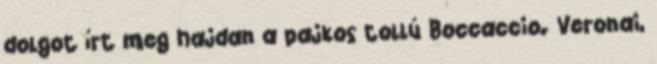
dolgot írt meg hajdan a pajkos tollú Boccaccio. Veronai,